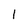
Character: 1